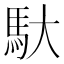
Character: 馱